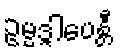
ဥမ္မဒ္ဒါပေန္တီ